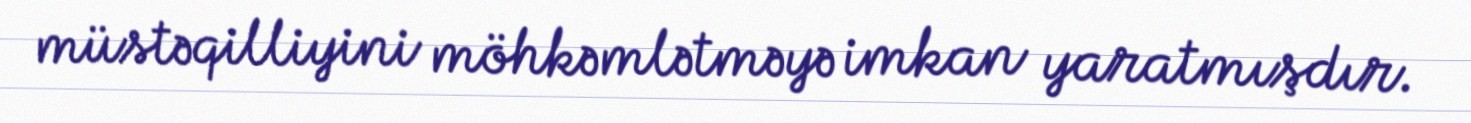
müstəqilliyini möhkəmlətməyə imkan yaratmışdır.